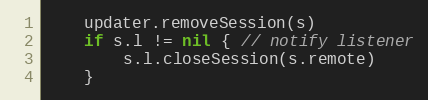
Language: Go
	updater.removeSession(s)
	if s.l != nil { // notify listener
		s.l.closeSession(s.remote)
	}